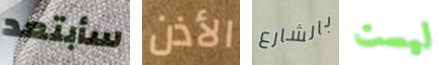
سأبتعد الأذن بالشارع ليست